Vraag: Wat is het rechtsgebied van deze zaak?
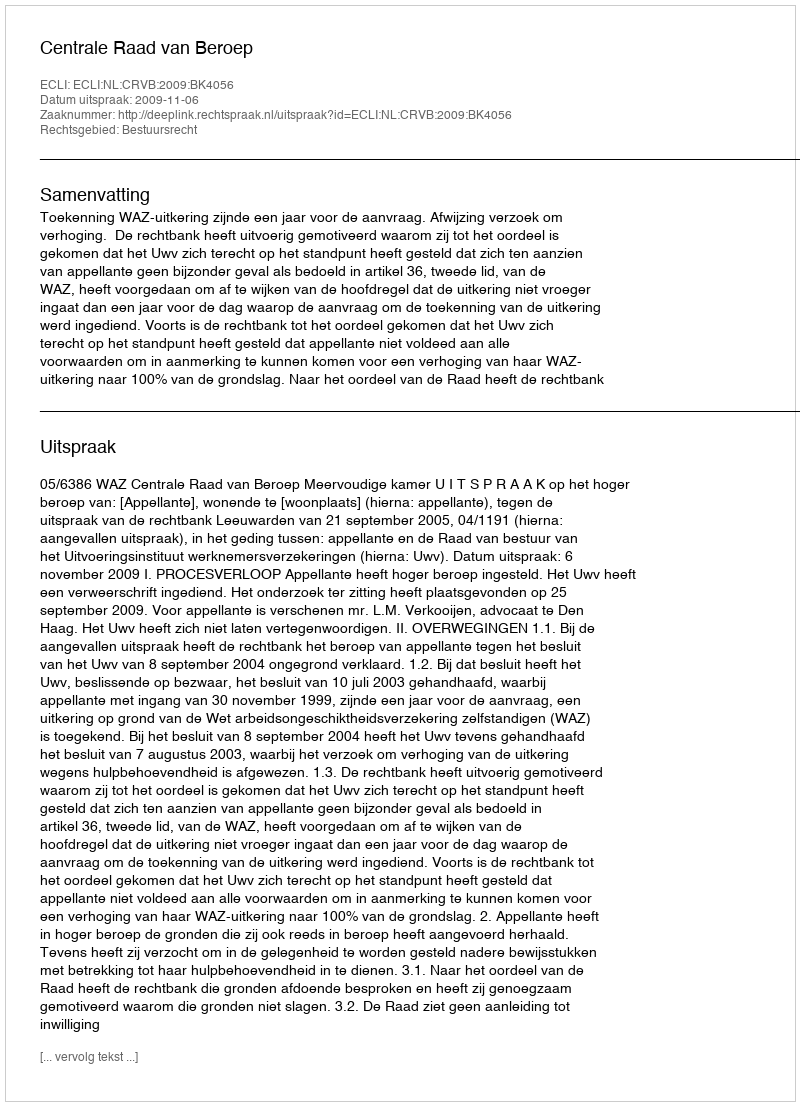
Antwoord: Bestuursrecht